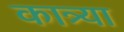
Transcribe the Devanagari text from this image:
कात्र्या